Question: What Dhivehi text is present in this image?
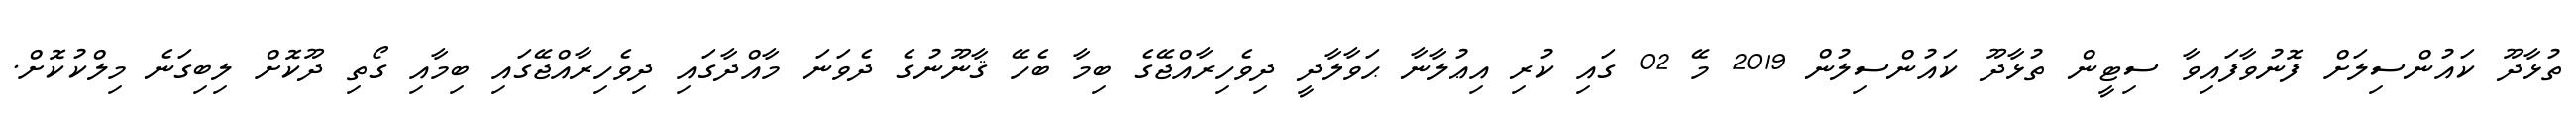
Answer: ތުޅާދޫ ކައުންސިލަށް ފޮނުވާފައިވާ ސިޓީން ތުޅާދޫ ކައުންސިލުން 2019 މޭ 02 ގައި ކުރި އިޢުލާނާ ޙަވާލާދީ ދިވެހިރާއްޖޭގެ ބިމާ ބެހޭ ޤާނޫނުގެ ދެވަނަ މާއްދާގައި ދިވެހިރާއްޖޭގައި ބިމާއި ގޯތި ދޫކޮށް ލިބިގަނެ މިލްކުކޮށް.